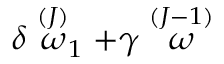
\delta \stackrel { ( J ) } { \omega } _ { 1 } + \gamma \stackrel { ( J - 1 ) } { \omega }